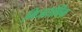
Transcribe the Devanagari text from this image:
मिजतोविक